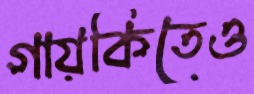
গায়কিতেও